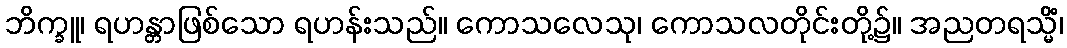
ဘိက္ခူ၊ ရဟန္တာဖြစ်သော ရဟန်းသည်။ ကောသလေသု၊ ကောသလတိုင်းတို့၌။ အညတရသ္မိံ၊